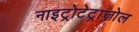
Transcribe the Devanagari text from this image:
नाइट्रोटेट्राज़ोल